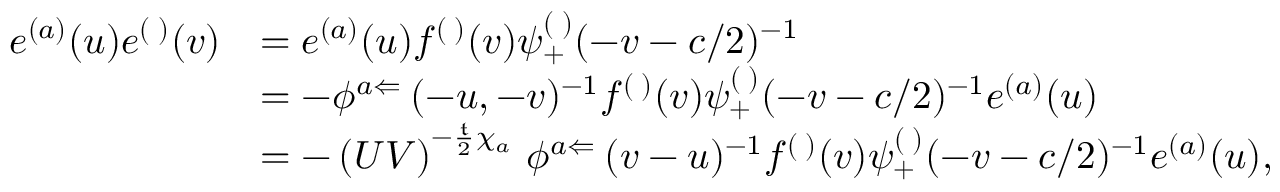
\begin{array} { r l } { e ^ { ( a ) } ( u ) e ^ { ( \digamma ) } ( v ) } & { = e ^ { ( a ) } ( u ) f ^ { ( \digamma ) } ( v ) \psi _ { + } ^ { ( \digamma ) } ( - v - c / 2 ) ^ { - 1 } } \\ & { = - \phi ^ { a \Leftarrow \digamma } ( - u , - v ) ^ { - 1 } f ^ { ( \digamma ) } ( v ) \psi _ { + } ^ { ( \digamma ) } ( - v - c / 2 ) ^ { - 1 } e ^ { ( a ) } ( u ) } \\ & { = - \left( U V \right) ^ { - \frac { \mathfrak { t } } { 2 } \chi _ { a \digamma } } \phi ^ { a \Leftarrow \digamma } ( v - u ) ^ { - 1 } f ^ { ( \digamma ) } ( v ) \psi _ { + } ^ { ( \digamma ) } ( - v - c / 2 ) ^ { - 1 } e ^ { ( a ) } ( u ) , } \end{array}